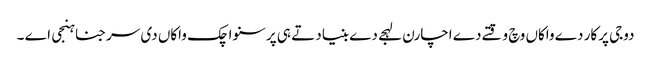
دوجی پرکار دے واکاں وچ وقتے دے اچارن لہجے دے بنیاد تے ہی پرسنواچک واکاں دی سرجنا ہنجی اے ۔